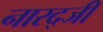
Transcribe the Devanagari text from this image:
नारद्जी